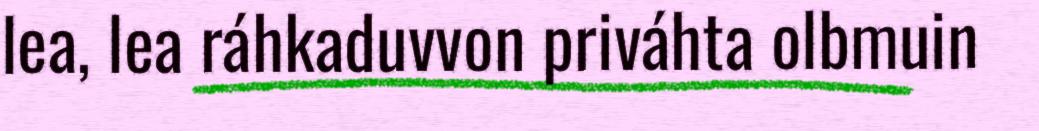
lea, lea ráhkaduvvon priváhta olbmuin